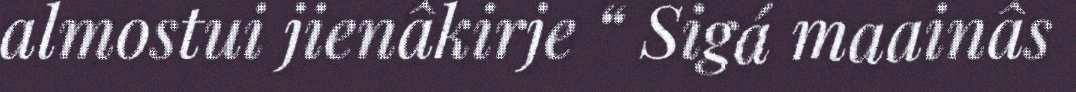
almostui jienâkirje “ Sigá maainâs